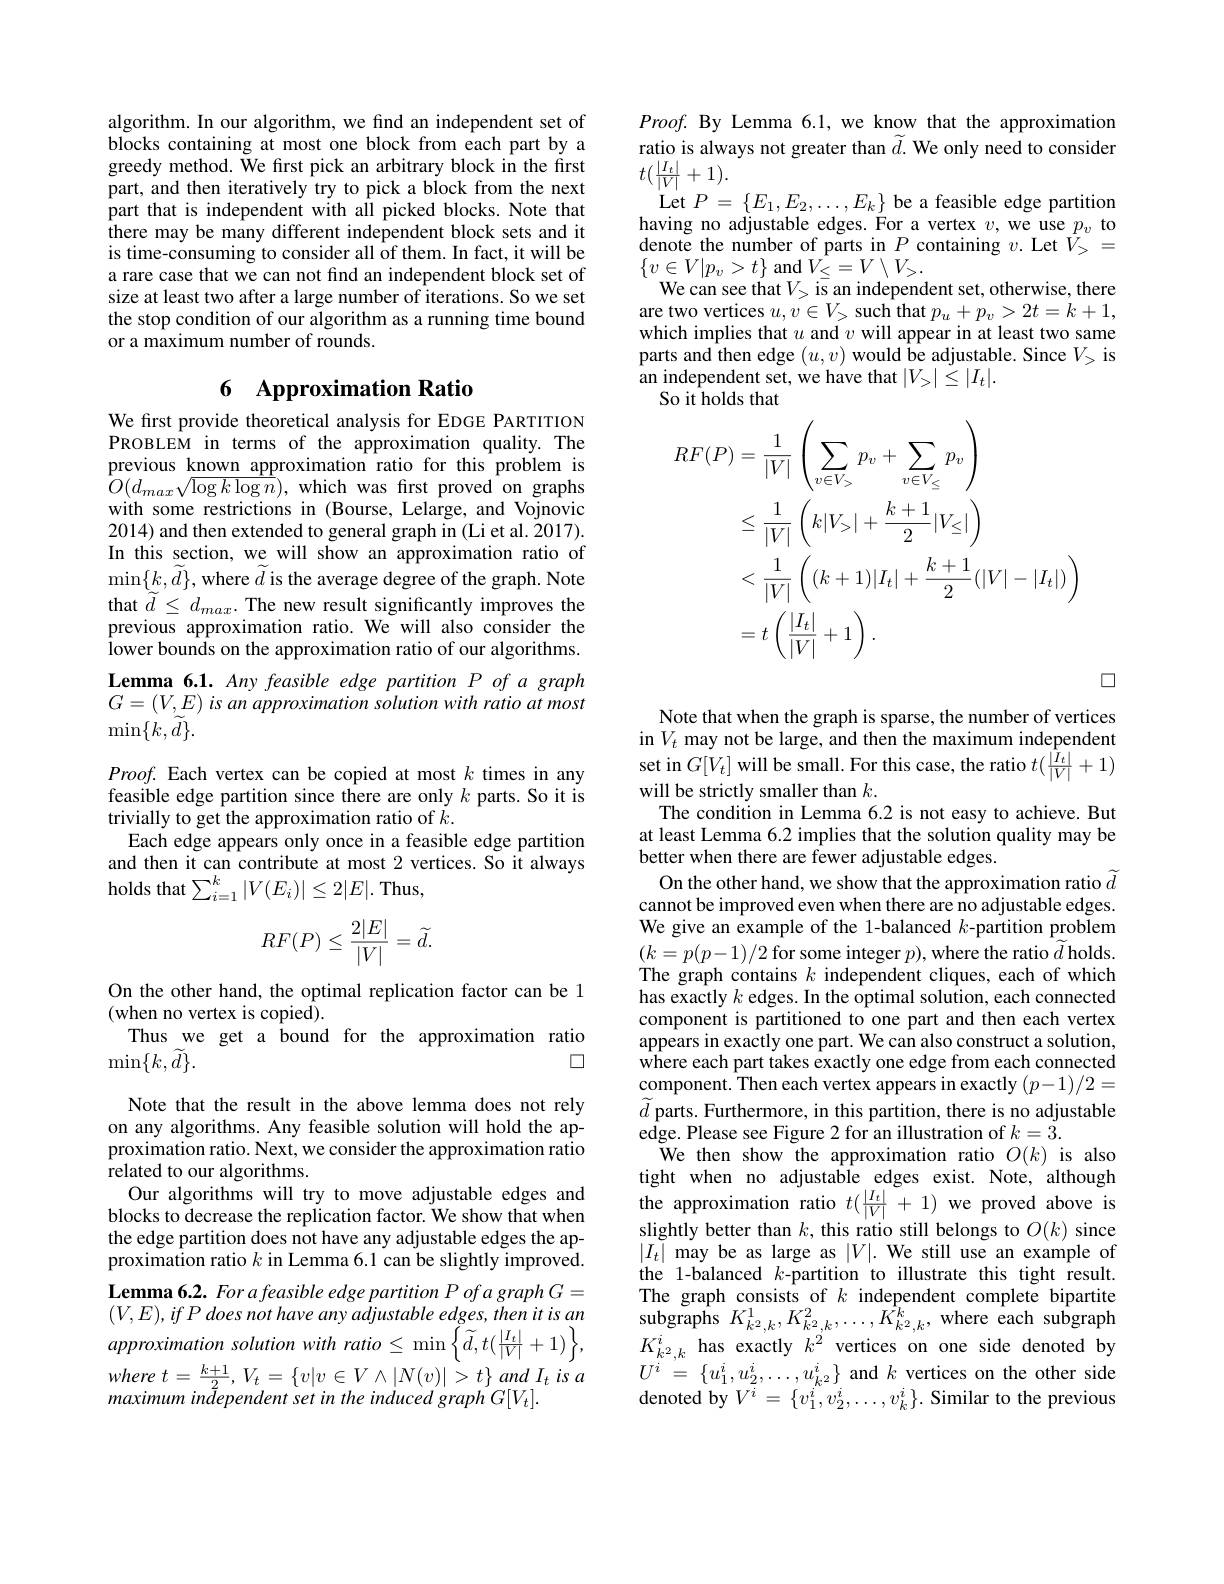
algorithm. In our algorithm, we find an independent set of blocks containing at most one block from each part by a greedy method. We first pick an arbitrary block in the first part, and then iteratively try to pick a block from the next part that is independent with all picked blocks. Note that there may be many different independent block sets and it is time-consuming to consider all of them. In fact, it will be a rare case that we can not find an independent block set of size at least two after a large number of iterations. So we set the stop condition of our algorithm as a running time bound or a maximum number of rounds.

# 6 Approximation Ratio

We first provide theoretical analysis for EDGE PARTITION PROBLEM in terms of the approximation quality.The previous known approximation ratio for this problem is $\dot{O}(d_{max}\sqrt{\log k\log n})$,which was frst proved on graphs with some restrictions in (Bourse, Lelarge, and Vojnovic 2014) and then extended to general graph in (Li et al. 2017). In this section, we will show an approximation ratio of $\operatorname*{min}\{k,\widetilde{d}\}$,where $\widetilde d$ is the average degree of the graph. Note that $\widetilde{d}\leq d_{max}.$ The new result significantly improves the previous approximation ratio. We will also consider the lower bounds on the approximation ratio of our algorithms. Lemma 6.1. Any feasible edge partition P of a graph $G= ( V, E) \textit{is an approximation solution with ratio at most}$ $\operatorname*{min}\{\dot{k},\tilde{d}\}.$

$Proof.$ Each vertex can be copied at most $k$ times in any feasible edge partition since there are only $k$ parts. So it is trivially to get the approximation ratio of $\tilde{k}.$
Each edge appears only once in a feasible edge partition and then it can contribute at most 2 vertices. So it always holds that $\sum_i=1^k|V(E_i)|\leq2|E|.$ Thus,
$$RF(P)\leq\frac{2|E|}{|V|}=\widetilde{d}.$$
On the other hand, the optimal replication factor can be 1
(when no vertex is copied).
Thus we get a bound for the approximation ratio
口
$\min\{k,\widetilde{d}\}.$
Note that the result in the above lemma does not rely on any algorithms. Any feasible solution will hold the approximation ratio. Next, we consider the approximation ratio related to our algorithms.
Our algorithms will try to move adjustable edges and blocks to decrease the replication factor. We show that when the edge partition does not have any adjustable edges the approximation ratio $k$ in Lemma 6.1 can be slightly improved. Lemma 6.2. For a feasible edge partition P of a graph G = $( V, E) , ifP\textit{ does not have any adjustable edges, then it is an}$ approximation solution with ratio $\leq\min\left\{\widetilde{d},t(\frac{|I_{t}|}{|V|}+1)\right\}$, where $t= \frac {k+ 1}2$, $V_{t}= \{ v| v\in V\wedge | N( v) | > t\}$ and $I_{t}$ $is$ $a$ maximum independent set in the induced graph G[V].

$Proof.$ By Lemma 6.1, we know that the approximation ratio is always not greater than $\widetilde{d}.$ We only need to consider $t(\frac{|I_t|}{|V|}+1).$
$\operatorname*{Let}P=\{E_{1},E_{2},\ldots,E_{k}\}$ be a feasible edge partition $\begin{array}{l}{\mathrm{having~no~adjustable~edges.~For~a~vertex~}v,~we~use~}p_{v}\\{\mathrm{denote~the~number~of~parts~in~}P~containing~}v.~\mathrm{Let~}V_{>}=\end{array}$ $\{v\in V|p_{v}>t\}$ and$V_\leq=V\setminus V_>.$
We can see that $V_>$ is an independent set, otherwise, there are two vertices $u,v\in V_>$ such that $p_u+p_v>2t=k+1$, which implies that $u$ and $v$ will appear in at least two same parts and then edge $(u,v)$ would be adjustable. Since $V_>$ is an independent set, we have that $|V_>|\leq|I_t|.$
So it holds that
$$\begin{aligned}RF(P)&=\frac{1}{|V|}\left(\sum_{v\in V_{>}}p_{v}+\sum_{v\in V_{\leq}}p_{v}\right)\\&\leq\frac{1}{|V|}\left(k|V_{>}|+\frac{k+1}{2}|V_{\leq}|\right)\\&<\frac{1}{|V|}\left((k+1)|I_{t}|+\frac{k+1}{2}(|V|-|I_{t}|)\right)\\&=t\left(\frac{|I_{t}|}{|V|}+1\right).\end{aligned}$$
口

Note that when the graph is sparse, the number of vertices in $V_{t}$ may not be large, and then the maximum independent set in $G[ V_{t}]$ will be small. For this case, the ratio $t( \frac {| I_{t}| }{| V| }+ 1)$ will be strictly smaller than $k.$
The condition in Lemma 6.2 is not easy to achieve. But at least Lemma 6.2 implies that the solution quality may be better when there are fewer adjustable edges.
On the other hand, we show that the approximation ratio $\widetilde{d}$ cannot be improved even when there are no adjustable edges. We give an example of the 1-balanced $k$-partition problem $(k=p(p-1)/2$ for some integer $p)$,where the ratio $\widetilde d$ holds. The graph contains $k$ independent cliques, each of which has exactly $k$ edges. In the optimal solution, each connected component is partitioned to one part and then each vertex $\hat{\text{appears in exactly one part. We can also construct a solution,}}$ where each part takes exactly one edge from each connected $\underset{\mathrm{component.~Then~each~vertex~appears~in~exactly~(p-1)/2=}}$ $\widetilde{d}$ parts. Furthermore, in this partition, there is no adjustable edge. Please see Figure 2 for an illustration of $k=3.$
We then show the approximation ratio $O(k)$ is also tight when no adjustable edges exist. Note, although the approximation ratio $t(\frac{|I_t|}{|V|}+1)$ we proved above is slightly better than $k$, this ratio still belongs to $O(k)$ since $|I_{t}|$ may be as large as $|V|.$ We still use an example of the 1-balanced $k$-partition to illustrate this tight result. The graph consists of $k$ independent complete bipartite subgraphs $K_{k^{2},k}^{1},K_{k^{2},k}^{2},\ldots,\hat{K}_{k^{2},k}^{k}$, where each subgraph $K_{k^2,k}^i$ has exactly $k^2$ vertices on one side denoted by $U^{i}$ = $\{ u_{1}^{i}, u_{2}^{i}, \ldots , u_{k^{2}}^{i}\}$ and $k$ vertices on the other side denoted by $V^i=\{v_1^i,v_2^i,\ldots,v_k^i\}.$ Similar to the previous